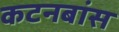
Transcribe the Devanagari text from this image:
कटनबांस